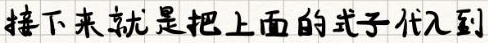
接下来就是把上面的式子代入到